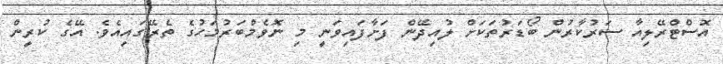
އޮސްޓްރޭލިއާ ސަރުކާރުން ބޯޑަރުތަކަށް ލުއިދޭން ފަށާފައިވަނީ މި ނޮވެމްބަރުމަހުގެ ތެރޭގައިއެވެ. އޭގެ ކުރީން